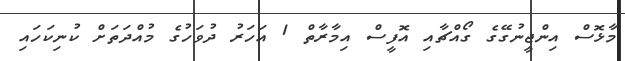
މާޅޮސް އިންޖީނުގޭގެ ގޯއްޗާއި އޮފީސް އިމާރާތް 1 އަހަރު ދުވަހުގެ މުއްދަތަށް ކުނިކަހައި